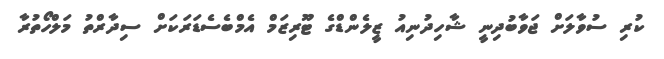
ކުރި ސުވާލަށް ޖަވާބުދިނީ ޝާހިދުނިއު ޒީލެންޑްގެ ޓޫރިޒަމް އެމްބެސެޑަރަކަށް ސިދާރްތު މަލްހޯތުރާ